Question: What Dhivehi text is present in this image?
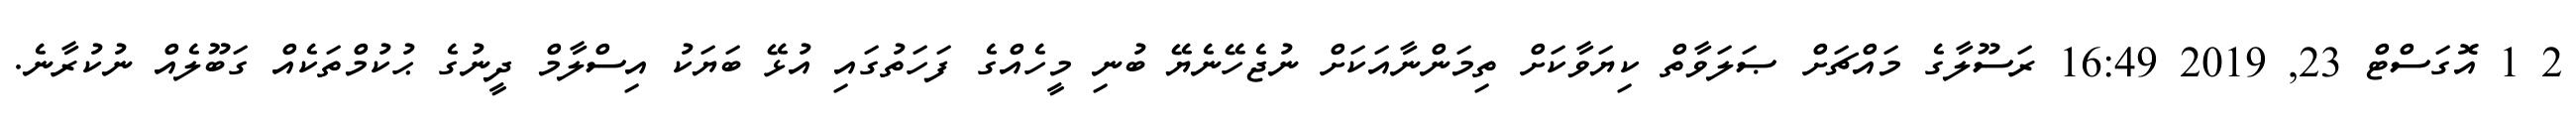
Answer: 2 1 އޮގަސްޓް 23, 2019 16:49 ރަސޫލާގެ މައްޗަށް ޞަލަވާތް ކިޔަވާކަށް ތިމަންނާއަކަށް ނުޖެހޭނެޔޭ ބުނި މީހެއްގެ ފަހަތުގައި އުޅޭ ބަޔަކު އިސްލާމް ދީނުގެ ޙުކުމްތަކެއް ގަބޫލެއް ނުކުރާނެ.